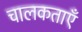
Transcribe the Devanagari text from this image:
चालकताएँ